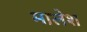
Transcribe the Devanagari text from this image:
मालेश